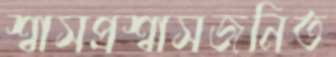
শ্বাসপ্রশ্বাসজনিত